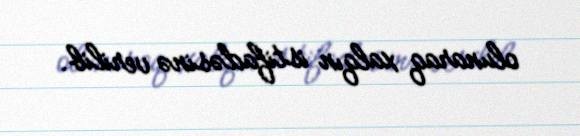
olunaraq xalqın istifadəsinə verilib.